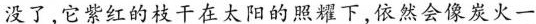
没了，它紫红的枝千在太阳的照耀下，依然会像炭火一